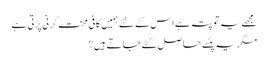
مجھے یہ تو پتہ ہے اس کے لئے ہمیں کافی محنت کرنی پڑتی ہے
مگر یہ پئسے حاصل کئے جاتے ہیں؟